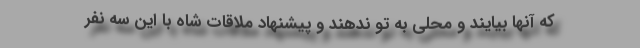
که آنها بیایند و محلی به تو ندهند و پیشنهاد ملاقات شاه با این سه نفر